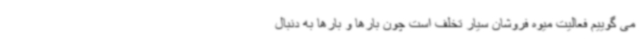
می گوییم فعالیت میوه فروشان سیار تخلف است چون بارها و بارها به دنبال